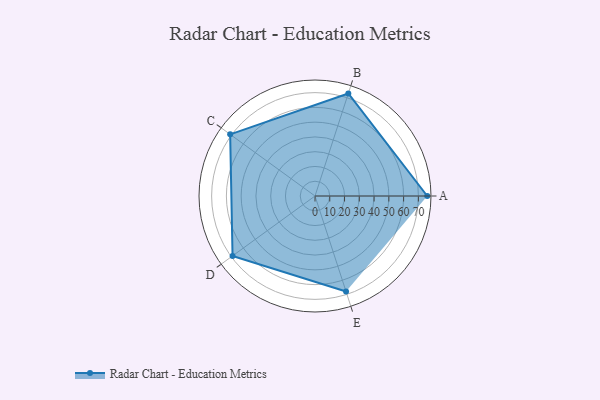
{"axis": {"x": "Skill", "y": "Score"}, "legend": ["Profile"], "data": [{"x": "A", "y": 76.0, "type": "Profile"}, {"x": "B", "y": 73.0, "type": "Profile"}, {"x": "C", "y": 71.0, "type": "Profile"}, {"x": "D", "y": 69.0, "type": "Profile"}, {"x": "E", "y": 68.0, "type": "Profile"}]}